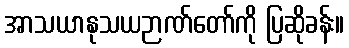
အာသယာနုသယဉာဏ်တော်ကို ပြဆိုခန်း။